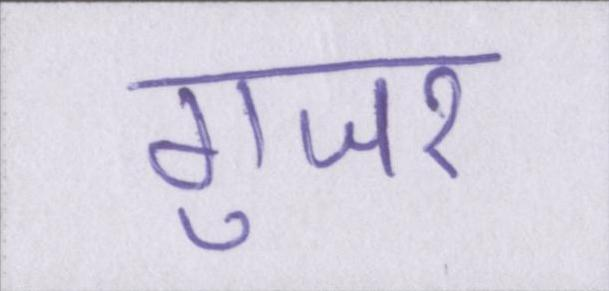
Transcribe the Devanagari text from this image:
गुजर